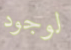
لوجود